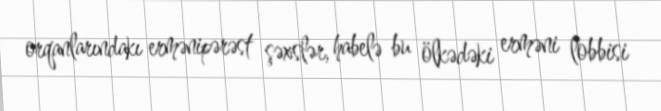
orqanlarındakı ermənipərəst şəxslər, habelə bu ölkədəki erməni lobbisi